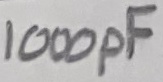
Text: 1000pF